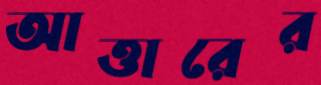
আত্তারের